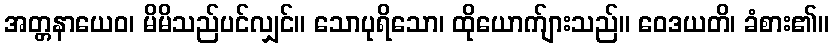
အတ္တနာယေဝ၊ မိမိသည်ပင်လျှင်။ သောပုရိသော၊ ထိုယောက်ျားသည်။ ဝေဒယတိ၊ ခံစား၏။